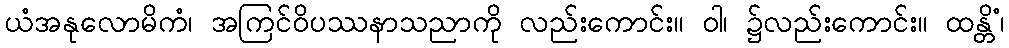
ယံအနုလောမိကံ၊ အကြင်ဝိပဿနာသညာကို လည်းကောင်း။ ဝါ၊ ၌လည်းကောင်း။ ထန္တိံ၊